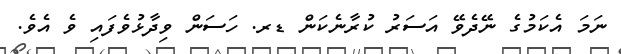
ނަމަ އެކަމުގެ ނޭދެވޭ އަސަރު ކުރާނެކަން ޑރ. ހަސަން ވިދާޅުވެފައި ވެ އެވެ.